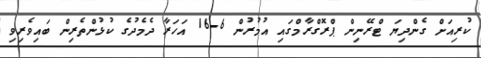
ކުރިއަށް ގެންދިޔަ ޓްރޭނިން ޕްރޮގްރާމްގައި އުމުރުން 6-16 އަހަރާ ދެމެދުގެ ކުޅުންތެރިން ބައިވެރިވި